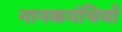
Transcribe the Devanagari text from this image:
नानकपंथियों